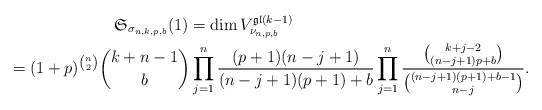
\begin{gather*}\mathfrak{S}_{\sigma_{n,k,p,b}}(1) = \dim V_{\nu_{n,p,b}}^{\mathfrak{gl}(k-1)}\\\hphantom{\mathfrak{S}_{\sigma_{n,k,p,b}}(1)}{}= (1+p)^{{n \choose 2}} {k+n-1 \choose b} \prod_{j=1}^{n}{(p+1)(n-j+1) \over (n-j+1)(p+1)+b} \prod_{j=1}^{n}{ {k+j-2 \choose (n-j+1)p+b} \over {(n-j+1)(p+1)+b-1 \choose n-j}}.\end{gather*}